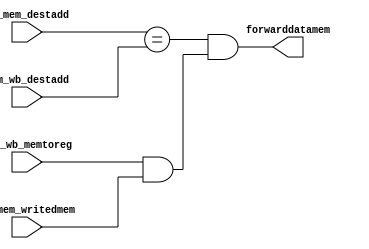
module load_store_bypassing_unit (
    input wire mem_wb_memtoreg,ex_mem_writedmem,
    input wire [4:0] ex_mem_destadd,mem_wb_destadd,

    output wire forwarddatamem
);

wire x,y;

assign x = ex_mem_destadd == mem_wb_destadd;
assign y = mem_wb_memtoreg & ex_mem_writedmem;

assign forwarddatamem = x & y;
    
endmodule